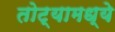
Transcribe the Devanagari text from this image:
तोट्यामध्ये